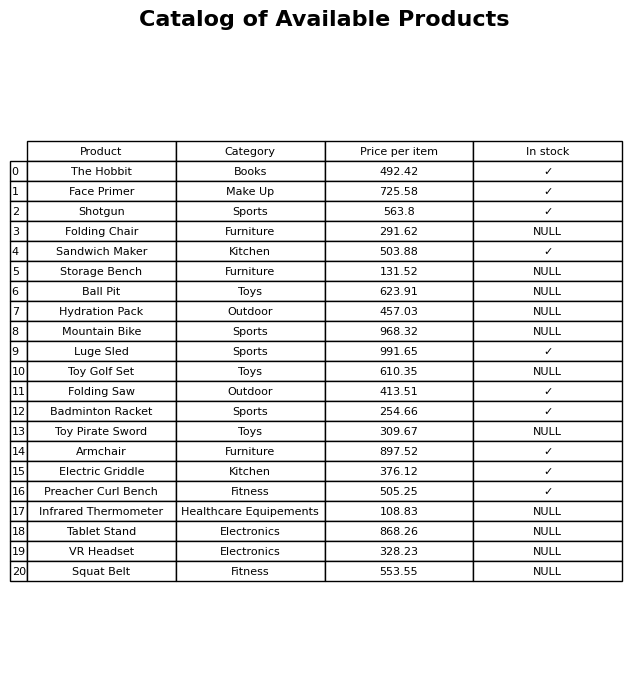
question: What is the price for Mountain Bike?
answer: The price of Mountain Bike is 968.32.